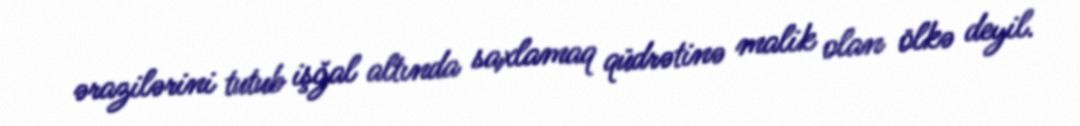
ərazilərini tutub işğal altında saxlamaq qüdrətinə malik olan ölkə deyil.